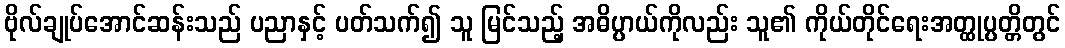
ဗိုလ်ချုပ်အောင်ဆန်းသည် ပညာနှင့် ပတ်သက်၍ သူ မြင်သည့် အဓိပ္ပာယ်ကိုလည်း သူ၏ ကိုယ်တိုင်ရေးအတ္ထုပ္ပတ္တိတွင်